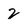
Character: 2